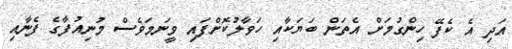
އަދި އެ ކެފޭ ހިންގުމަށް އެތަން ބަޔަކާއި ހަވާލުކޮށްފައި ވީނަމަވެސް މުނިއުފާގެ ފެނާއި